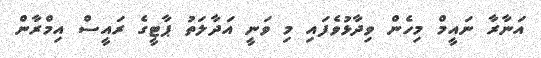
އަނާރާ ނައީމް މިހެން ވިދާޅުވެފައި މި ވަނީ އަދާލަތު ޕާޓީގެ ރައީސް އިމްރާން